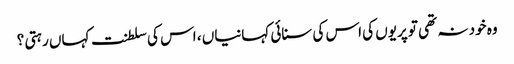
وہ خود نہ تھی تو پریوں کی اس کی سنائی کہانیاں ، اس کی سلطنت کہاں رہتی ؟